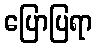
ပြောပြရာ